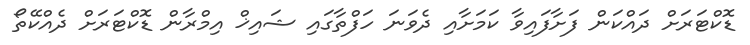
ޑޮކްޓަރަށް ދައްކަން ފަށާފައިވާ ކަަމަށާއި ދެވަނަ ހަފްތާގައި ޝައިޚް އިމްރާން ޑޮކްޓަރަށް ދެއްކޭތޯ